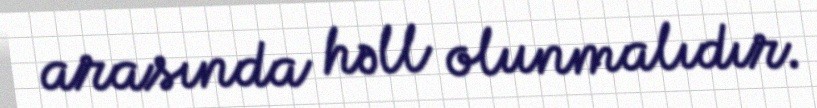
arasında həll olunmalıdır.